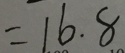
= 1 6 . 8